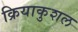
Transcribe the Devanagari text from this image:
क्रियाकुशल